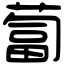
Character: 蔔